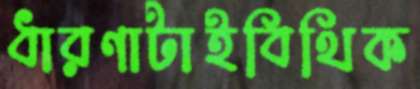
ধারণাটাইবিথিক